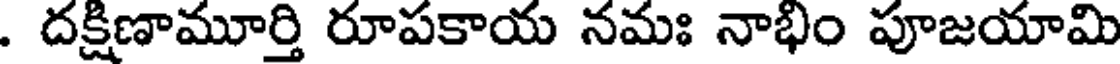
. దక్షిణామూర్తి రూపకాయ నమః నాభిం పూజయామి